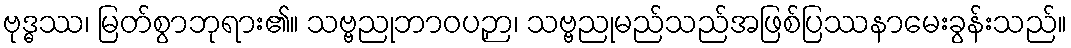
ဗုဒ္ဓဿ၊ မြတ်စွာဘုရား၏။ သဗ္ဗညုဘာဝပဉှာ၊ သဗ္ဗညုမည်သည်အဖြစ်ပြဿနာမေးခွန်းသည်။